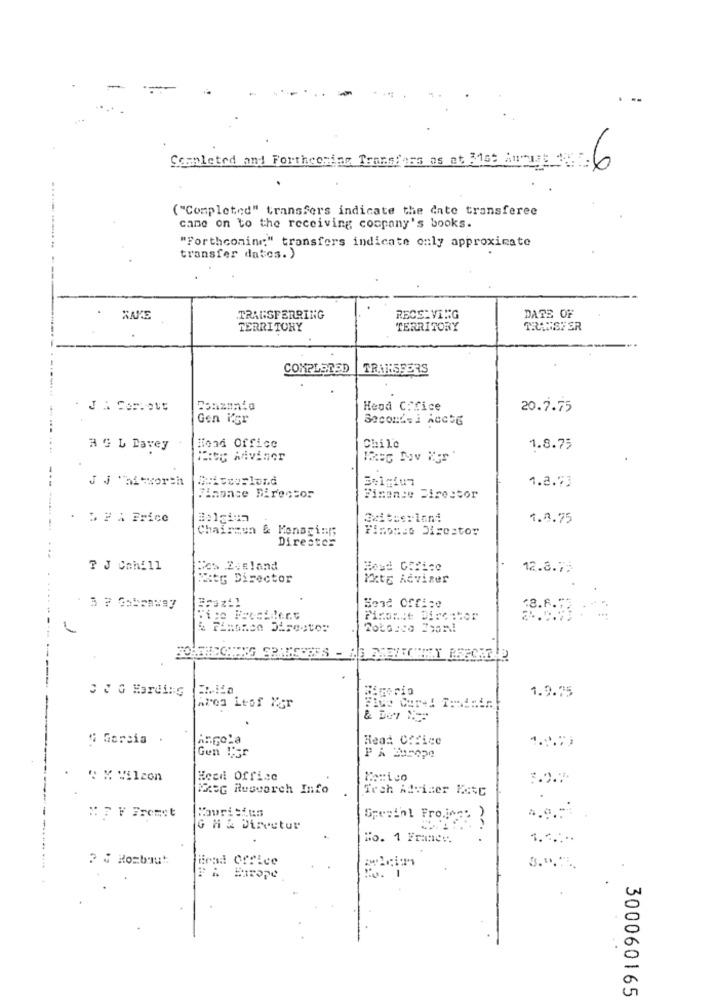
Completed and Forthcoming Transfers as at 3109 Ammia: 100.6
( "Completed" transfers indicate the date transferee
came on to the receiving company's books.
"Forthcoming" transfers indicate only approximate
transfer dates. )
XAKE
TRANSFERRING
RECEIVING
DATE OF
TERRITORY
TERRITORY
TRANSFER
COMPLETED
TRANSFERS
Conzania
Head C.Sice
20.7.75
Gen Kgr
Secondsi Acctg
AG L Lavey
Hond Office
Chile
1.8.75
Wate WAviner
J J "ai=worth
1.2.73
finonce Director
Finance Director
& # A Brice
1.0.75
Chairsun & Monagi:
Fimonso Direstor
Direstes
? J Cahill
Fos 2:sland
Host COfico
12.8.75
Mitg Director
rate Adviser
Send Office
.8.6.
Finance Director
S & G Harding
1.9.75
Arog Leof Ker
N Gorsia
Head Office
Gen I'er
@ % Vilzon
Head Office
Meg Research Info
Tech Adviser Eetc
Spesinl Fro.jegs )
G H& Director
No. 1 Franev.
1.
2 4 Rombout
irsa Office
3.9.
300060165